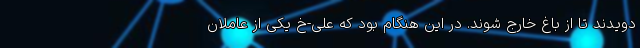
دویدند تا از باغ خارج شوند. در این هنگام بود که علی-خ یکی از عاملان